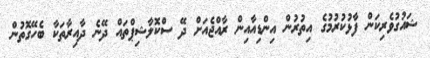
ޝައުގުވެރިކަން ފާޅުކުރުމުގެ އިތުރުން އިންޑިއާއިން ރާއްޖެއަށް ދޭ ސްކޮލާޝިޕްތައް ދޭނެ ދާއިރާތަކާ ބެހޭގޮތުން